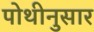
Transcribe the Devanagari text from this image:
पोथीनुसार